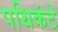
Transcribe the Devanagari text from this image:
पथिकंटे